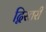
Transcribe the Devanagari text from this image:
द्विस्तरी